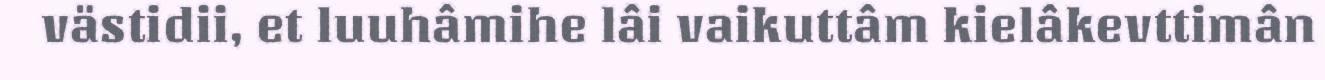
västidii, et luuhâmihe lâi vaikuttâm kielâkevttimân